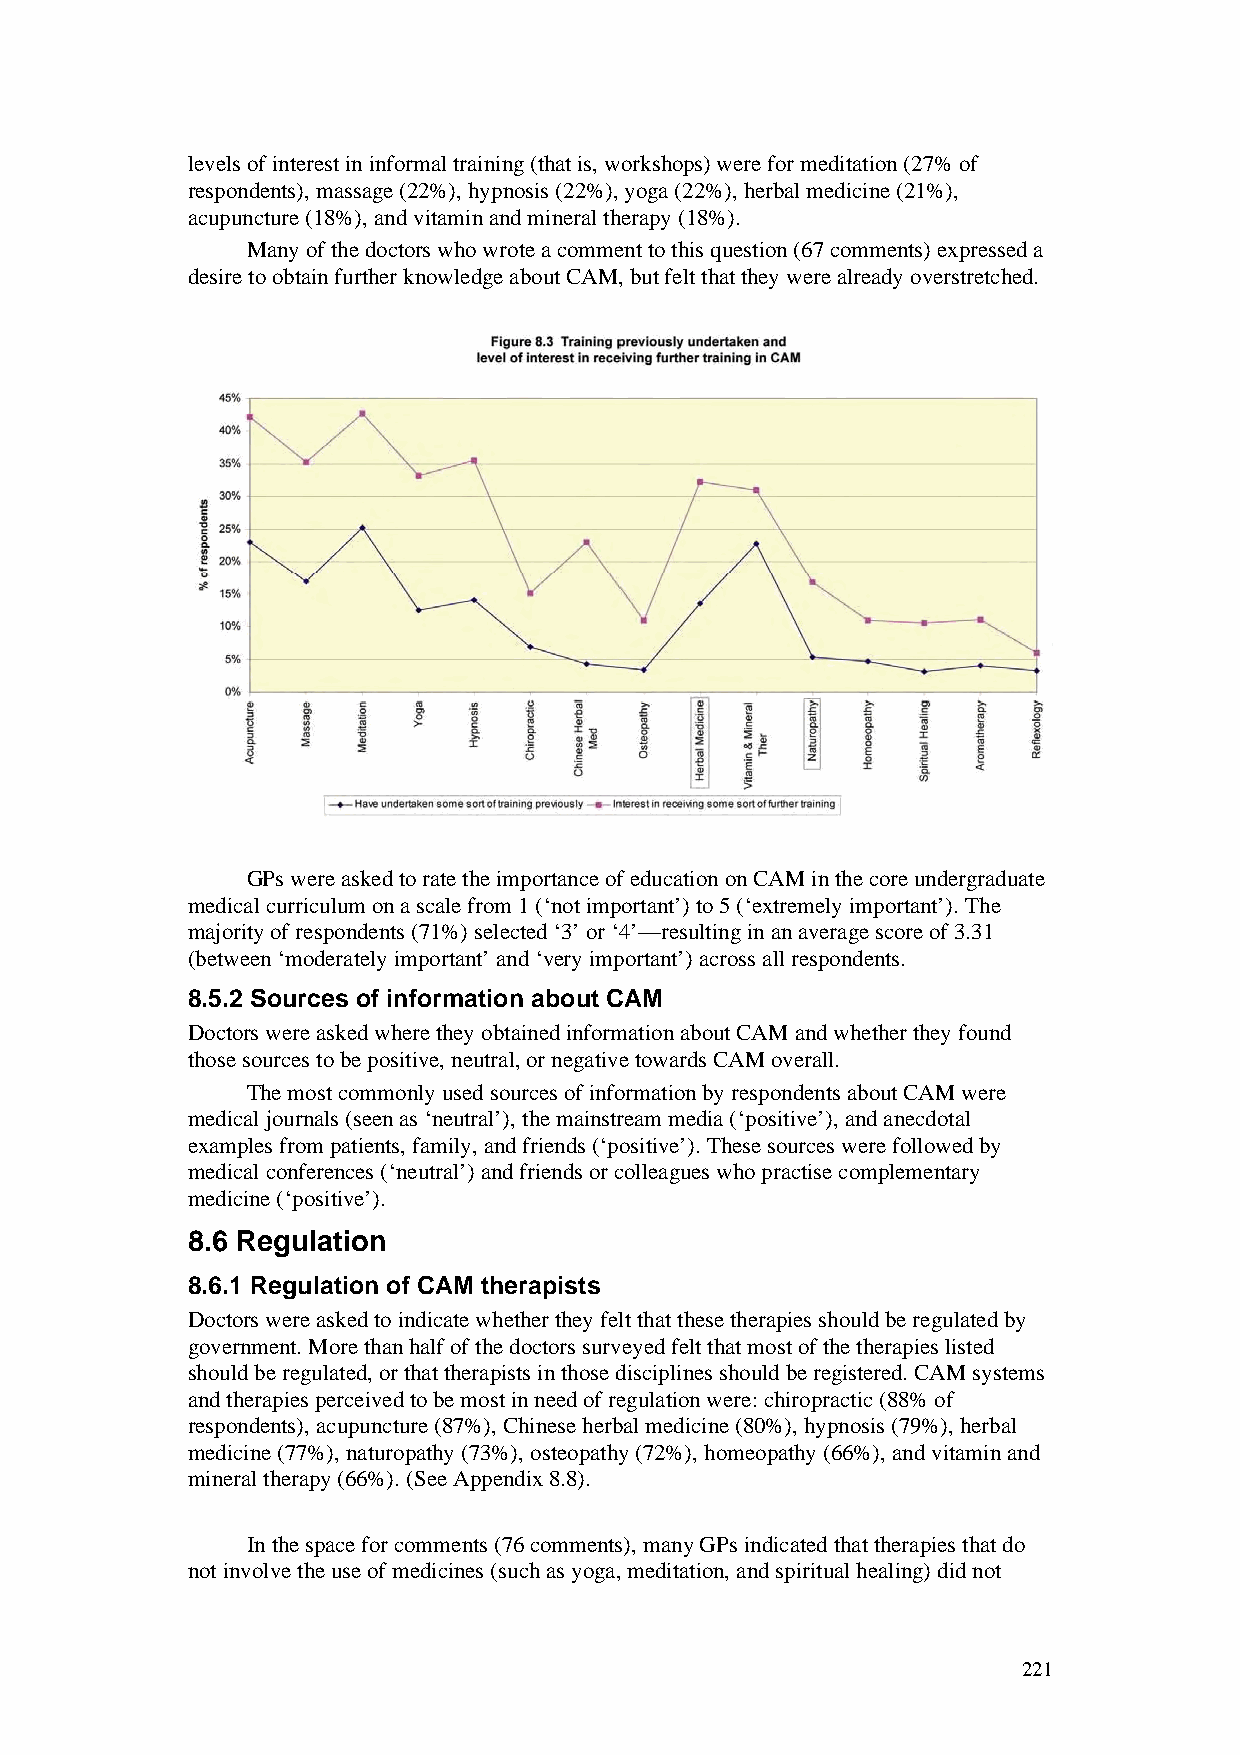
levels of interest in informal training (that is, workshops) were for meditation (27% of
 respondents), massage (22%), hypnosis (22%), yoga (22%), herbal medicine (21%),
 acupuncture (18%), and vitamin and mineral therapy (18%).
 Many of the doctors who wrote a comment to this question (67 comments) expressed a
 desire to obtain further knowledge about CAM, but felt that they were already overstretched.
 GPs were asked to rate the importance of education on CAM in the core undergraduate
 medical curriculum on a scale from 1 (‘not important’) to 5 (‘extremely important’). The
 majority of respondents (71%) selected ‘3’ or ‘4’—resulting in an average score of 3.31
 (between ‘moderately important’ and ‘very important’) across all respondents.
 8.5.2 Sources of information about CAM
 Doctors were asked where they obtained information about CAM and whether they found
 those sources to be positive, neutral, or negative towards CAM overall.
 The most commonly used sources of information by respondents about CAM were
 medical journals (seen as ‘neutral’), the mainstream media (‘positive’), and anecdotal
 examples from patients, family, and friends (‘positive’). These sources were followed by
 medical conferences (‘neutral’) and friends or colleagues who practise complementary
 medicine (‘positive’).
 8.6 Regulation
 8.6.1 Regulation of CAM therapists
 Doctors were asked to indicate whether they felt that these therapies should be regulated by
 government. More than half of the doctors surveyed felt that most of the therapies listed
 should be regulated, or that therapists in those disciplines should be registered. CAM systems
 and therapies perceived to be most in need of regulation were: chiropractic (88% of
 respondents), acupuncture (87%), Chinese herbal medicine (80%), hypnosis (79%), herbal
 medicine (77%), naturopathy (73%), osteopathy (72%), homeopathy (66%), and vitamin and
 mineral therapy (66%). (See Appendix 8.8).
 In the space for comments (76 comments), many GPs indicated that therapies that do
 not involve the use of medicines (such as yoga, meditation, and spiritual healing) did not
 221